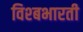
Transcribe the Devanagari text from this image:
विश्बभारती